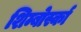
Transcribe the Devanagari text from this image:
शिम्बोर्स्का